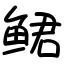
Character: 鲪